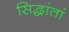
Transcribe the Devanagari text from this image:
सिद्धांतां